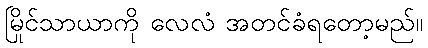
မြိုင်သာယာကို လေလံ အတင်ခံရတော့မည်။